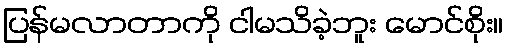
ပြန်မလာတာကို ငါမသိခဲ့ဘူး မောင်စိုး။